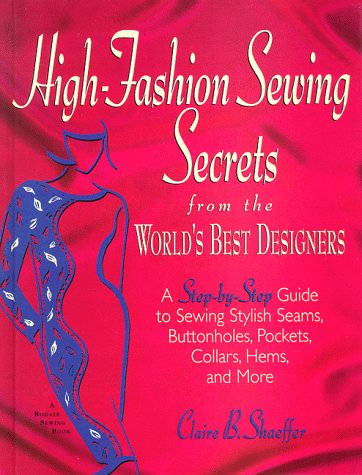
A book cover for High-Fashion Sewing Secrets from the World's Best Designers: Step-By-Step Guide to Sewing Stylish Seams, Buttonholes, Pockets, Collars, Hems and More (Rodale Sewing Book); Claire B. Shaeffer; Arts & Photography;